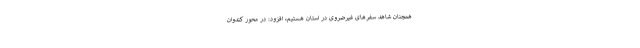
همچنان شاهد سفر‌های غیرضروی در استان هستیم، افزود: در محور کندوان